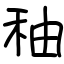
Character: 秞